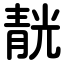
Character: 靗